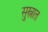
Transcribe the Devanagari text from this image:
सुस्नात